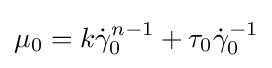
\mu _{0}=k{\dot {\gamma }}_{0}^{n-1}+\tau _{0}{\dot {\gamma }}_{0}^{-1}